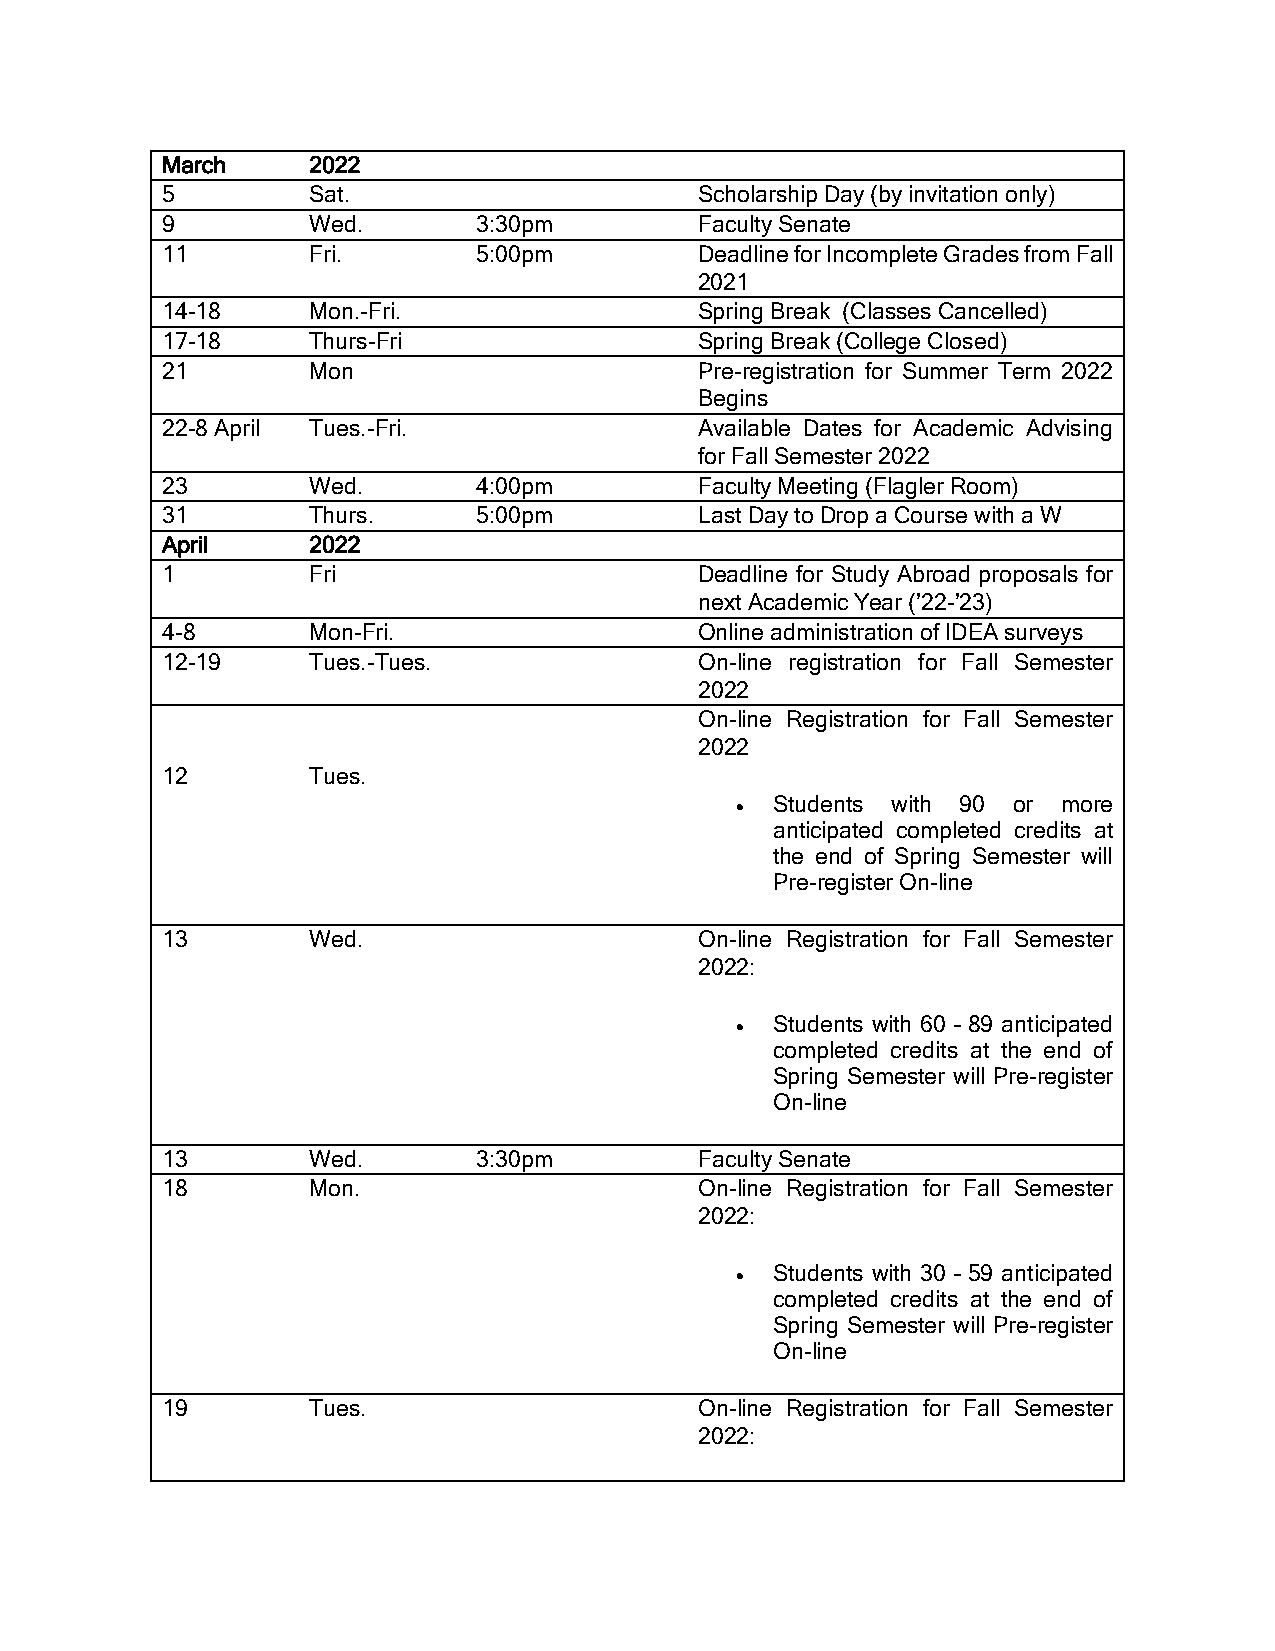
March    2022
 5        Sat.                      Scholarship Day (by invitation only)
 9        Wed.        3:30pm        Faculty Senate
 11       Fri.        5:00pm        Deadline for Incomplete Grades from Fall
 2021
 14-18    Mon.-Fri.                 Spring Break (Classes Cancelled)
 17-18    Thurs-Fri                 Spring Break (College Closed)
 21       Mon                       Pre-registration for Summer Term 2022
 Begins
 22-8 April Tues.-Fri.              Available Dates for Academic Advising
 for Fall Semester 2022
 23       Wed.        4:00pm        Faculty Meeting (Flagler Room)
 31       Thurs.      5:00pm        Last Day to Drop a Course with a W
 April    2022
 1        Fri                       Deadline for Study Abroad proposals for
 next Academic Year (’22-’23)
 4-8      Mon-Fri.                  Online administration of IDEA surveys
 12-19    Tues.-Tues.               On-line registration for Fall Semester
 2022
 On-line Registration for Fall Semester
 2022
 12       Tues.
 • Students with 90 or more
 anticipated completed credits at
 the end of Spring Semester will
 Pre-register On-line
 13       Wed.                      On-line Registration for Fall Semester
 2022:
 • Students with 60 – 89 anticipated
 completed credits at the end of
 Spring Semester will Pre-register
 On-line
 13       Wed.        3:30pm        Faculty Senate
 18       Mon.                      On-line Registration for Fall Semester
 2022:
 • Students with 30 – 59 anticipated
 completed credits at the end of
 Spring Semester will Pre-register
 On-line
 19       Tues.                     On-line Registration for Fall Semester
 2022: